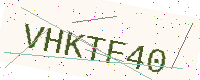
Text: VHKTF40